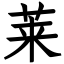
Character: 莱